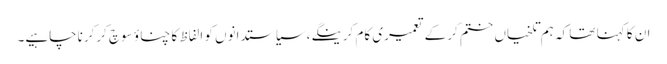
ان کا کہنا تھا کہ ہم تلخیاں ختم کرکے تعمیری کام کرینگے،سیاستدانوں کو الفاظ کا چناؤ سوچ کرکرناچاہیے۔